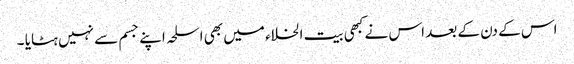
اس کے دن کے بعد اس نے کبھی بیت الخلاء میں بھی اسلحہ اپنے جسم سے نہیں ہٹایا ۔